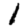
Digit: 1